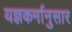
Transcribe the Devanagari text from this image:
यज्ञकर्मानुसार